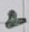
Text: 2